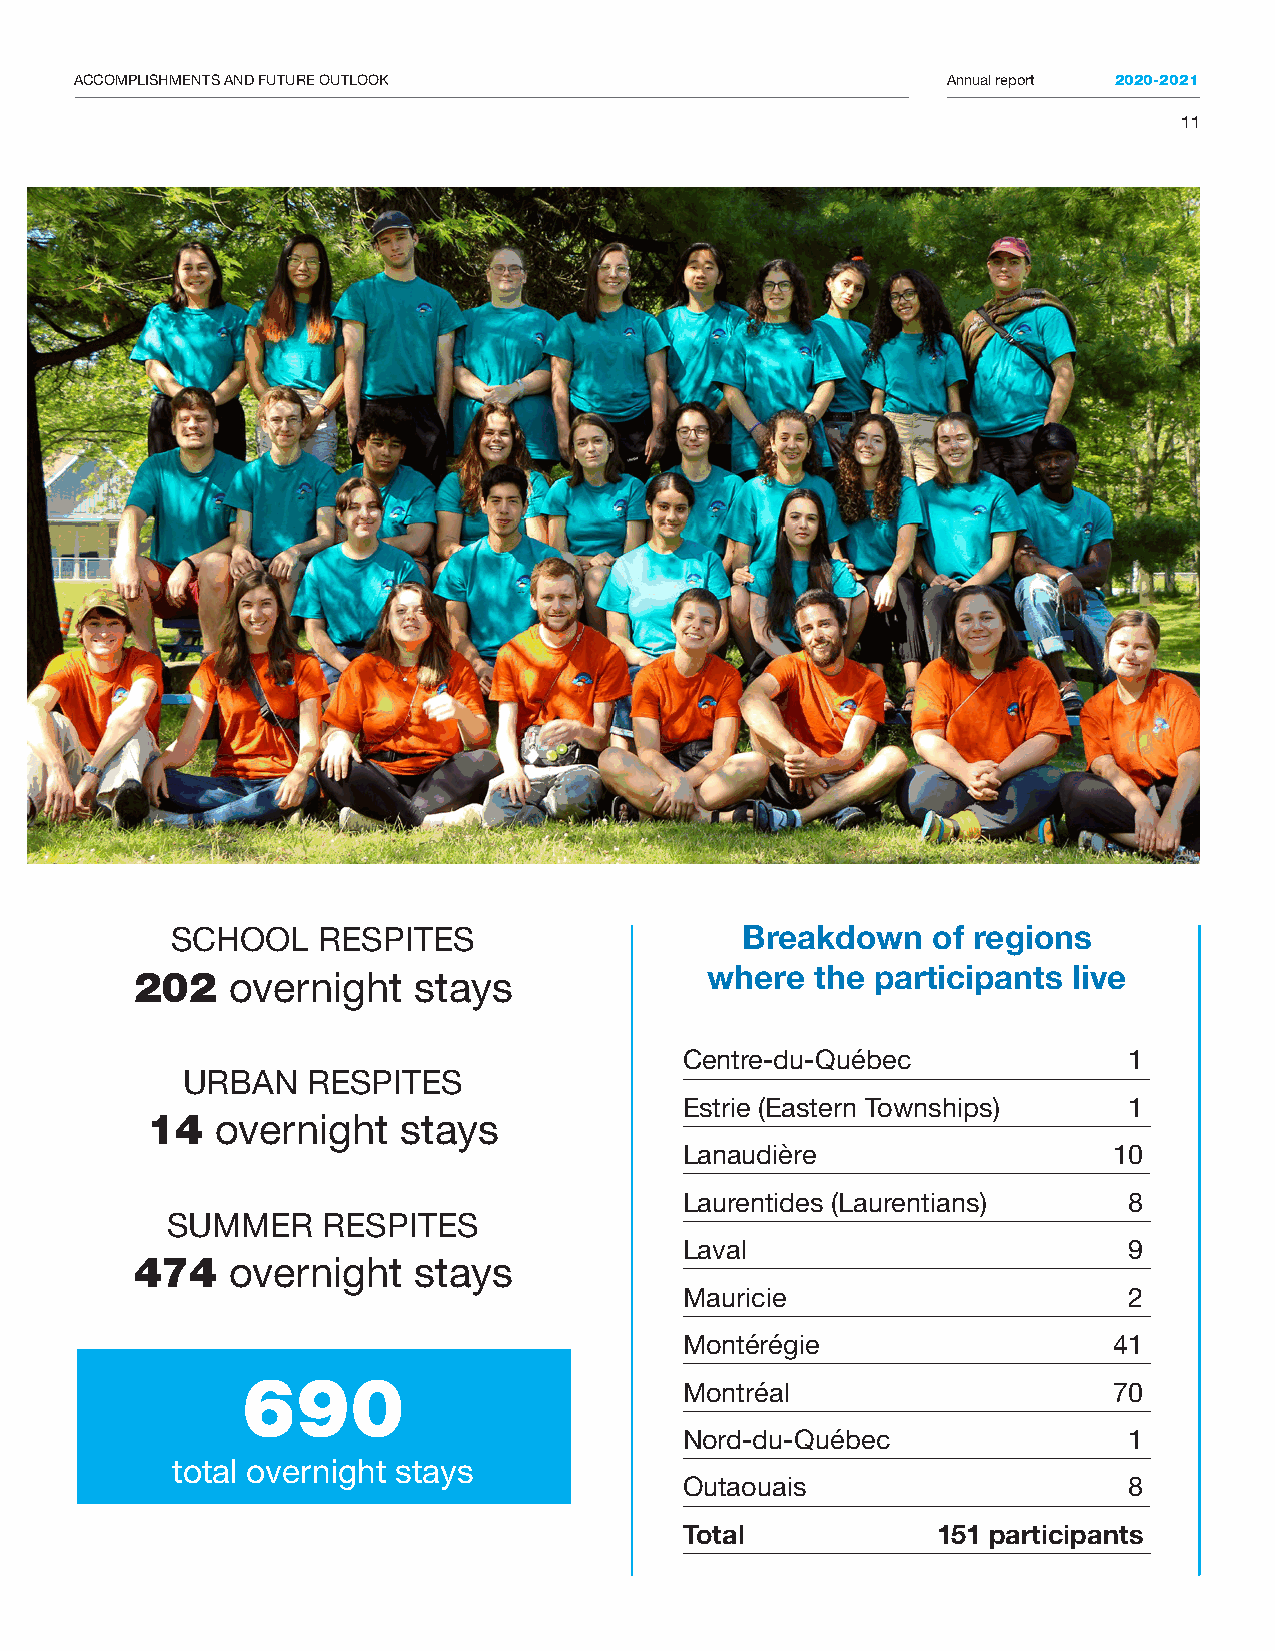
ACCOMPLISHMENTS AND FUTURE OUTLOOK                        Annual report 2020-2021
 11
 SCHOOL    RESPITES                    Breakdown    of regions
 202   overnight   stays               where  the participants live
 Centre-du-Québec              1
 URBAN   RESPITES
 Estrie (Eastern Townships)    1
 14  overnight    stays
 Lanaudière                   10
 Laurentides (Laurentians)     8
 SUMMER    RESPITES
 Laval                         9
 474   overnight   stays
 Mauricie                      2
 Montérégie                   41
 690                          Montréal                     70
 Nord-du-Québec                1
 total overnight stays
 Outaouais                     8
 Total            151 participants